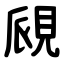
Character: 覛